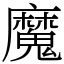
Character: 魔